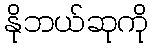
နိုဘယ်ဆုကို